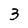
Character: 3